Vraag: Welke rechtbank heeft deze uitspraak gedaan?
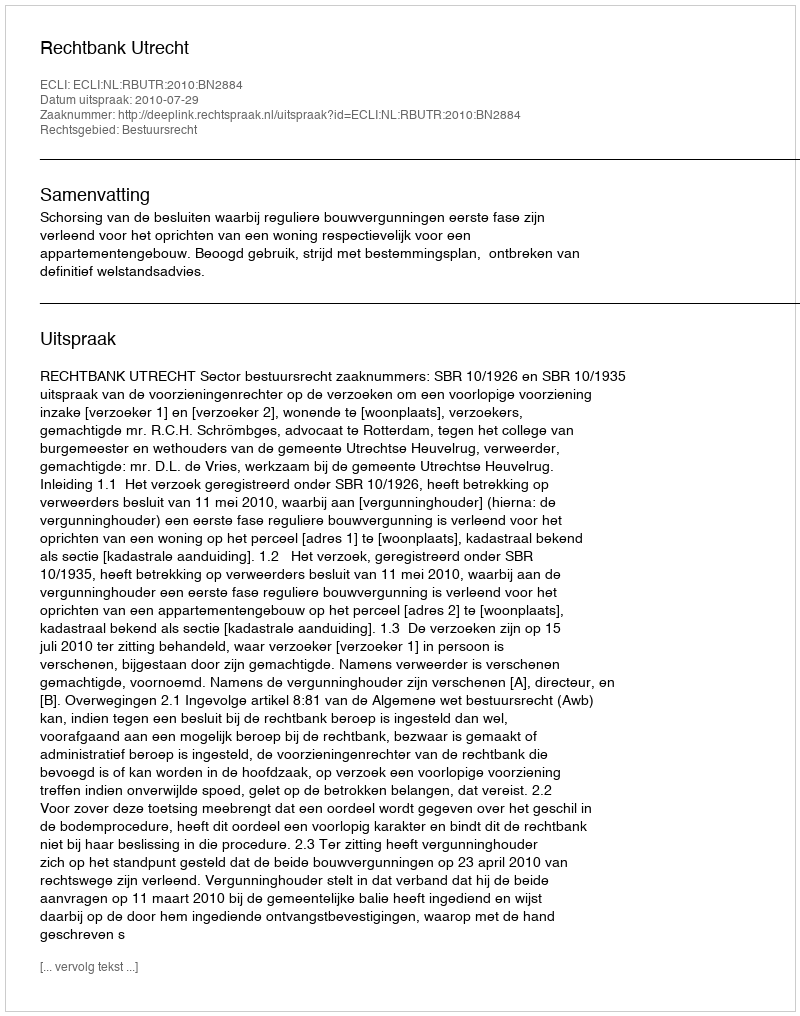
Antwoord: Rechtbank Utrecht